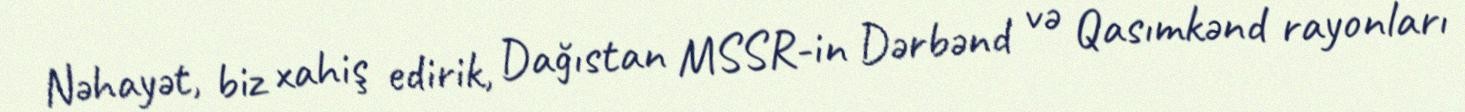
Nəhayət, biz xahiş edirik, Dağıstan MSSR-in Dərbənd və Qasımkənd rayonları